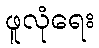
ဖူလုံရေး